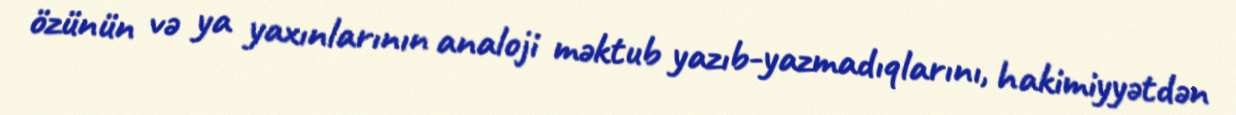
özünün və ya yaxınlarının analoji məktub yazıb-yazmadıqlarını, hakimiyyətdən